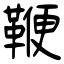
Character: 鞭